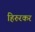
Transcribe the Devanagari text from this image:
हिरुरकर